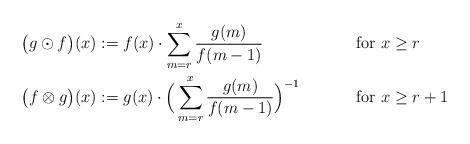
LaTeX: \begin{align*}\big(g\odot f\big)(x)&:= f(x)\cdot \sum_{m=r}^{x} \frac{g(m)}{f(m-1)} &&\textrm{for }x\geq r\\\big(f\otimes g\big)(x)&:= g(x)\cdot \Big(\sum_{m=r}^{x} \frac{g(m)}{f(m-1)}\Big)^{-1} &&\textrm{for }x\geq r+1\\\end{align*}